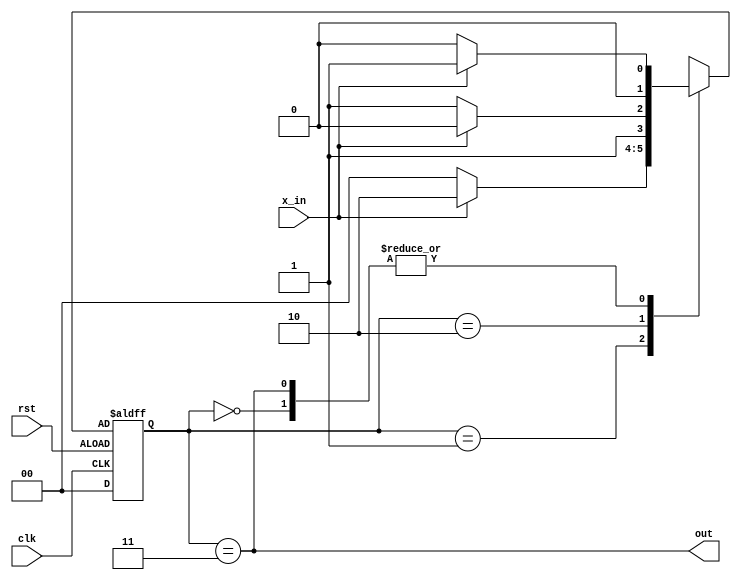
`timescale 1ns / 1ps
// Module Name: moore_110
 // ***Using 2 always block***
module moore_110(x_in,clk,rst,out );
input x_in,clk,rst;
output  out;
parameter s0=2'd0,s1=2'd1,s2=2'd2,s3=2'd3;
reg [1:0]ps,ns;
always @(posedge clk,negedge rst) begin
    if(rst) 
     ps<=s0;
    else
     ps<=ns; end
 always@(ps,x_in) begin
  case(ps)
  s0:begin
     if(x_in) ns=s1; else ns=s0; end
  s1:begin
     if(x_in) ns=s2; else ns=s0; end
  s2:begin
     if(x_in) ns=s2; else ns=s3; end
  s3:begin
     if(x_in) ns=s1; else ns=s0; end
   default: ns=s0;
  endcase
  end
   /*always@(ps,clk) begin
   case(ps)
   s0:out<=0;
   s1:out<=0;
   s2:out<=0;
   s3:out<=1;
   default:out<=0;
   endcase
   end*/
  assign out=(ps==s3);
endmodule

//TestBench Code
module tb_moore_110();
reg x_in,clk,rst;
wire out;
moore_110 uut(x_in,clk,rst,out );

initial begin
 clk=1'b0; rst=1; x_in=0; 
 #5 rst = 1'b0; 
 #5 x_in = 1;
 #4 x_in = 1;
 #5 x_in = 0;
 #5 x_in = 1;
 #5 x_in = 1;
 #6 x_in = 0;
 #10; $finish; end
 
 always #2 clk= ~clk;
endmodule